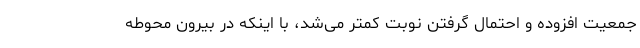
جمعیت افزوده و احتمال گرفتن نوبت کمتر می‌شد، با اینکه در بیرون محوطه